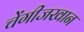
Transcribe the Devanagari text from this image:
चेंगीजखान